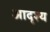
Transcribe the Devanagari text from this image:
आदृश्य